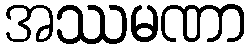
အဿမဏာ